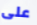
على